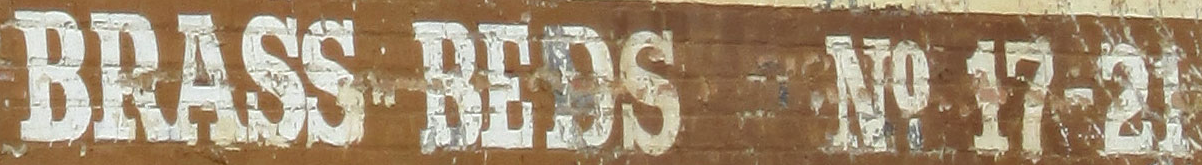
BRASS BEDS NO17-21